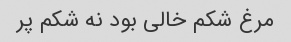
مرغ شکم خالی بود نه شکم پر